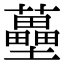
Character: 蘲